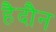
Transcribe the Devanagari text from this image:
हैदौन